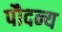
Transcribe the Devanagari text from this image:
पौदन्य